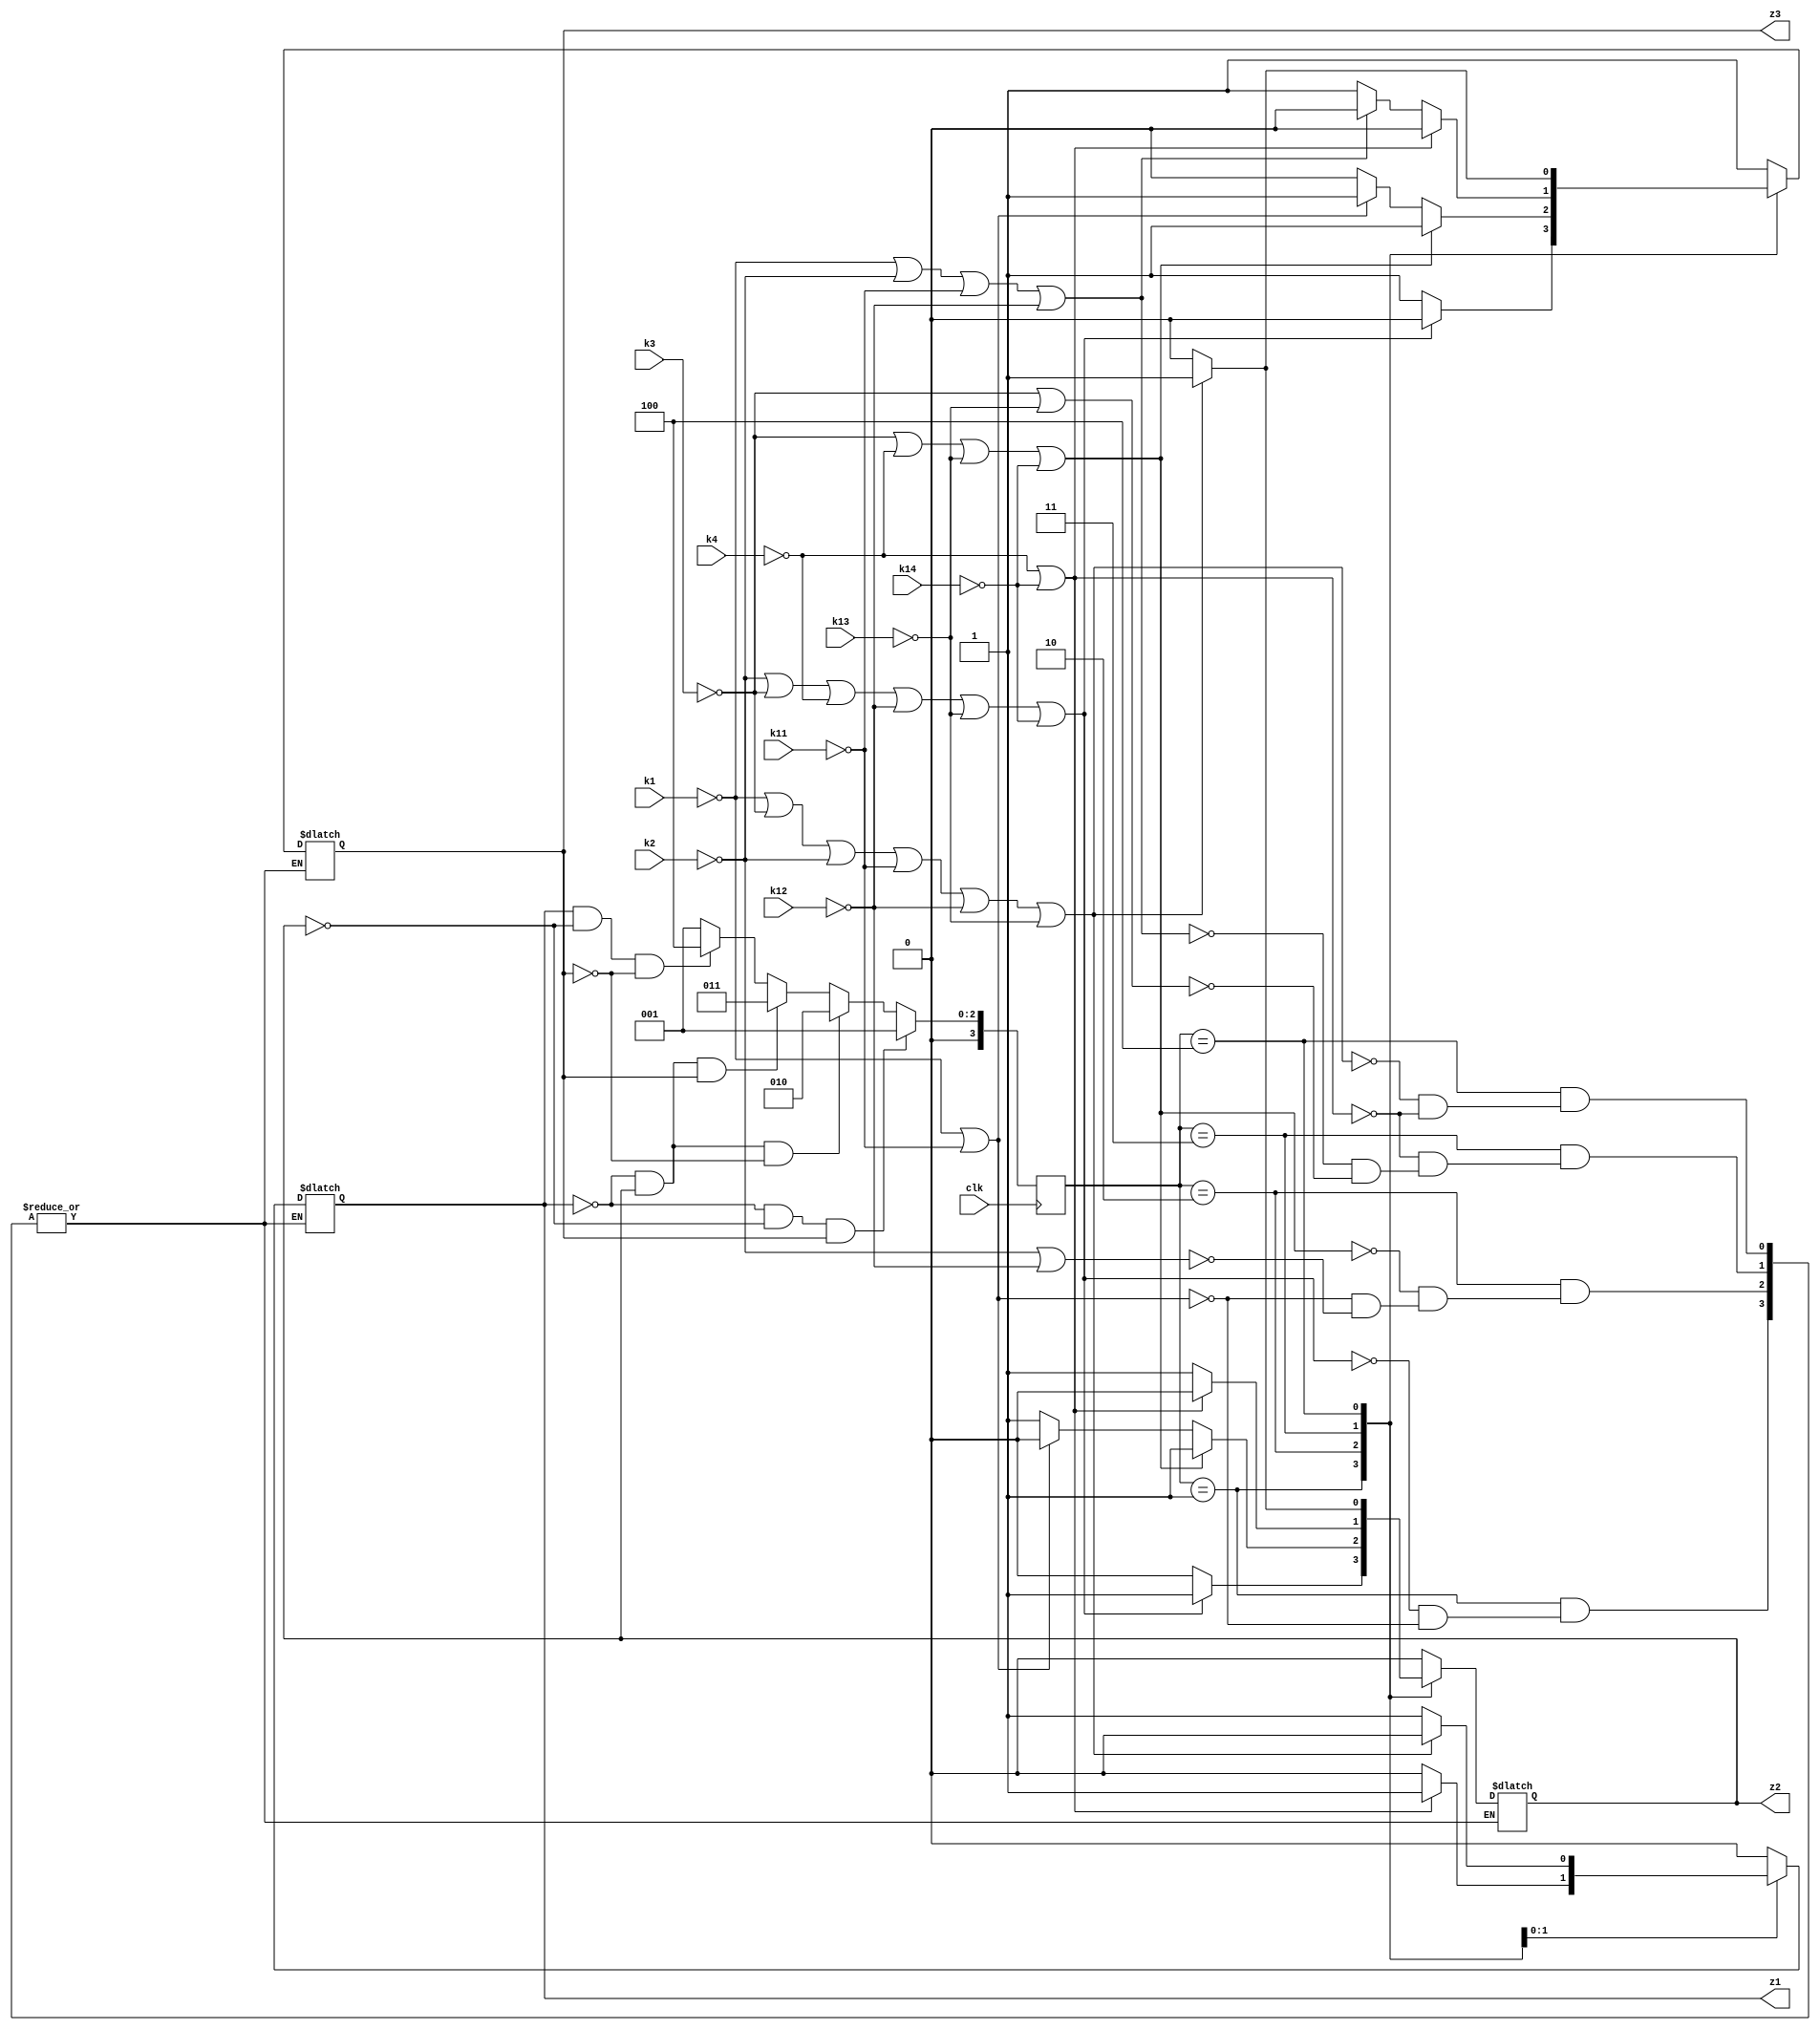
module zt(
input k1,
input k2,
input k3,
input k4,
input k11,
input k12,
input k13,
input k14,
input clk,
output reg z1,
output reg z2,
output reg z3
);
localparam s1=1,s2=2,s3=3,s4=4;
reg [3:0] n;

always@(negedge clk)begin
if(z1==0&z2==0&z3==1)n<=1;
else if(z1==0&z2==1&z3==0)n<=2;
else if(z1==0&z2==1&z3==1)n<=3;
else if(z1==1&z2==0&z3==0)n<=4;
else n<=1;
end
	always @*
			case(n)
						
				s1	:	if(!k2|!k3|!k4|!k12|!k13|!k14) begin z1<=0;z2<=1;z3<=0;end
				 else if(!k1|!k11)begin z1<=0;z2<=0;z3<=1;end
				s2	:	if(!k3|!k4|!k13|!k14) begin z1<=0;z2<=1;z3<=1;end
		          else if(!k1|!k11)begin z1<=0;z2<=0;z3<=1;end
				else if(!k2|!k12)	 begin z1<=0;z2<=1;z3<=0;end
				s3	:	if(!k4|!k14) begin z1<=1;z2<=0;z3<=0;end
			 else if(!k1|!k2|!k11|!k12)begin z1<=0;z2<=1;z3<=0;end	
			 else if(!k3|!k13)	 begin z1<=0;z2<=1;z3<=1;end
				s4	:	if(!k1|!k3|!k2|!k11|!k12|!k13) begin z1<=0;z2<=1;z3<=1;end
			 else if(!k4|!k14)	 begin z1<=1;z2<=0;z3<=0;end	
				default : begin z1<=0;z2<=0;z3<=1; end
			endcase
endmodule